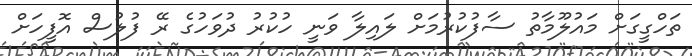
ތަހްގީގަށް މައުލޫމާތު ސާފުކުރުމަށް ލައިލާ ވަނީ ހުކުރު ދުވަހުގެ ރޭ ފުލުސް އޮފީހަށް